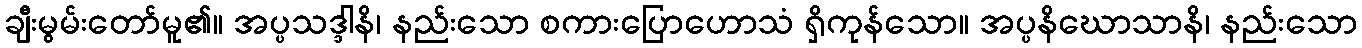
ချီးမွမ်းတော်မူ၏။ အပ္ပသဒ္ဒါနိ၊ နည်းသော စကားပြောဟောသံ ရှိကုန်သော။ အပ္ပနိဃောသာနိ၊ နည်းသော